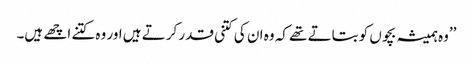
’’وہ ہمیشہ بچوں کو بتاتے تھے کہ وہ ان کی کتنی قدر کرتے ہیں اور وہ کتنے اچھے ہیں۔